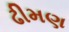
ઢીમણ